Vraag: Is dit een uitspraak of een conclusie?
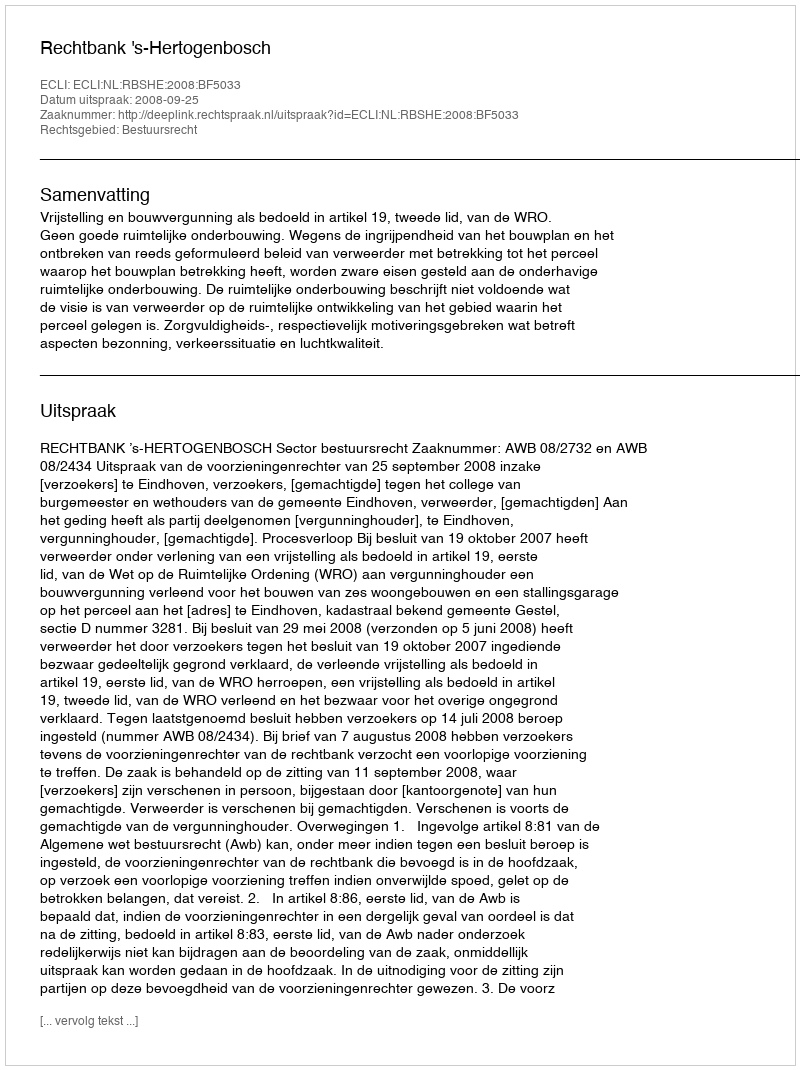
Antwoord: Uitspraak